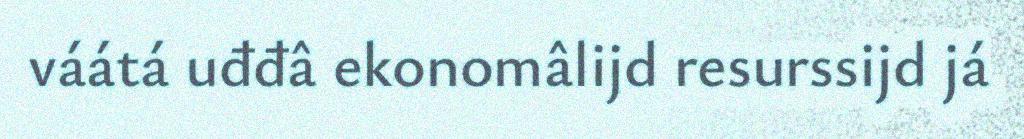
váátá uđđâ ekonomâlijd resurssijd já